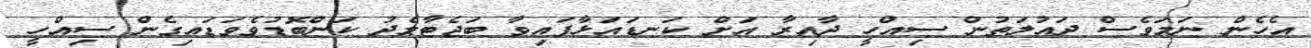
އެހެން ނަމަވެސް ދައުލަތުން ސިއްހީ ދާއިރާ އަށް ކަނޑައަޅާފައިވާ ބަޖެޓާމެދު ކަންބޮޑުވެވަޑައިގެން ސިއްހީ